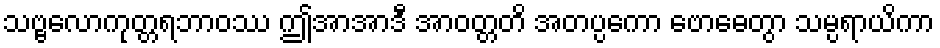
သဗ္ဗလောကုတ္တရဘာဝဿ ဤအာအာဒီ အာဝတ္တတိ အတပ္ပကော ဗောဓေတွာ သမ္ပရာယိကာ